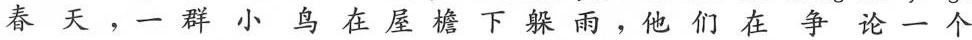
春天，一群小鸟在屋檐下躲雨，他们在争论一个